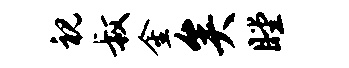
视叔金矣瞠